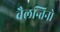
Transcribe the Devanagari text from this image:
वैलन्तिनो